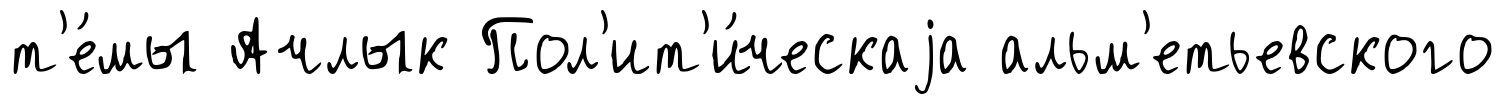
т'е́мы Ачлык Пол'ит'и́ческаjа альм'етьевского